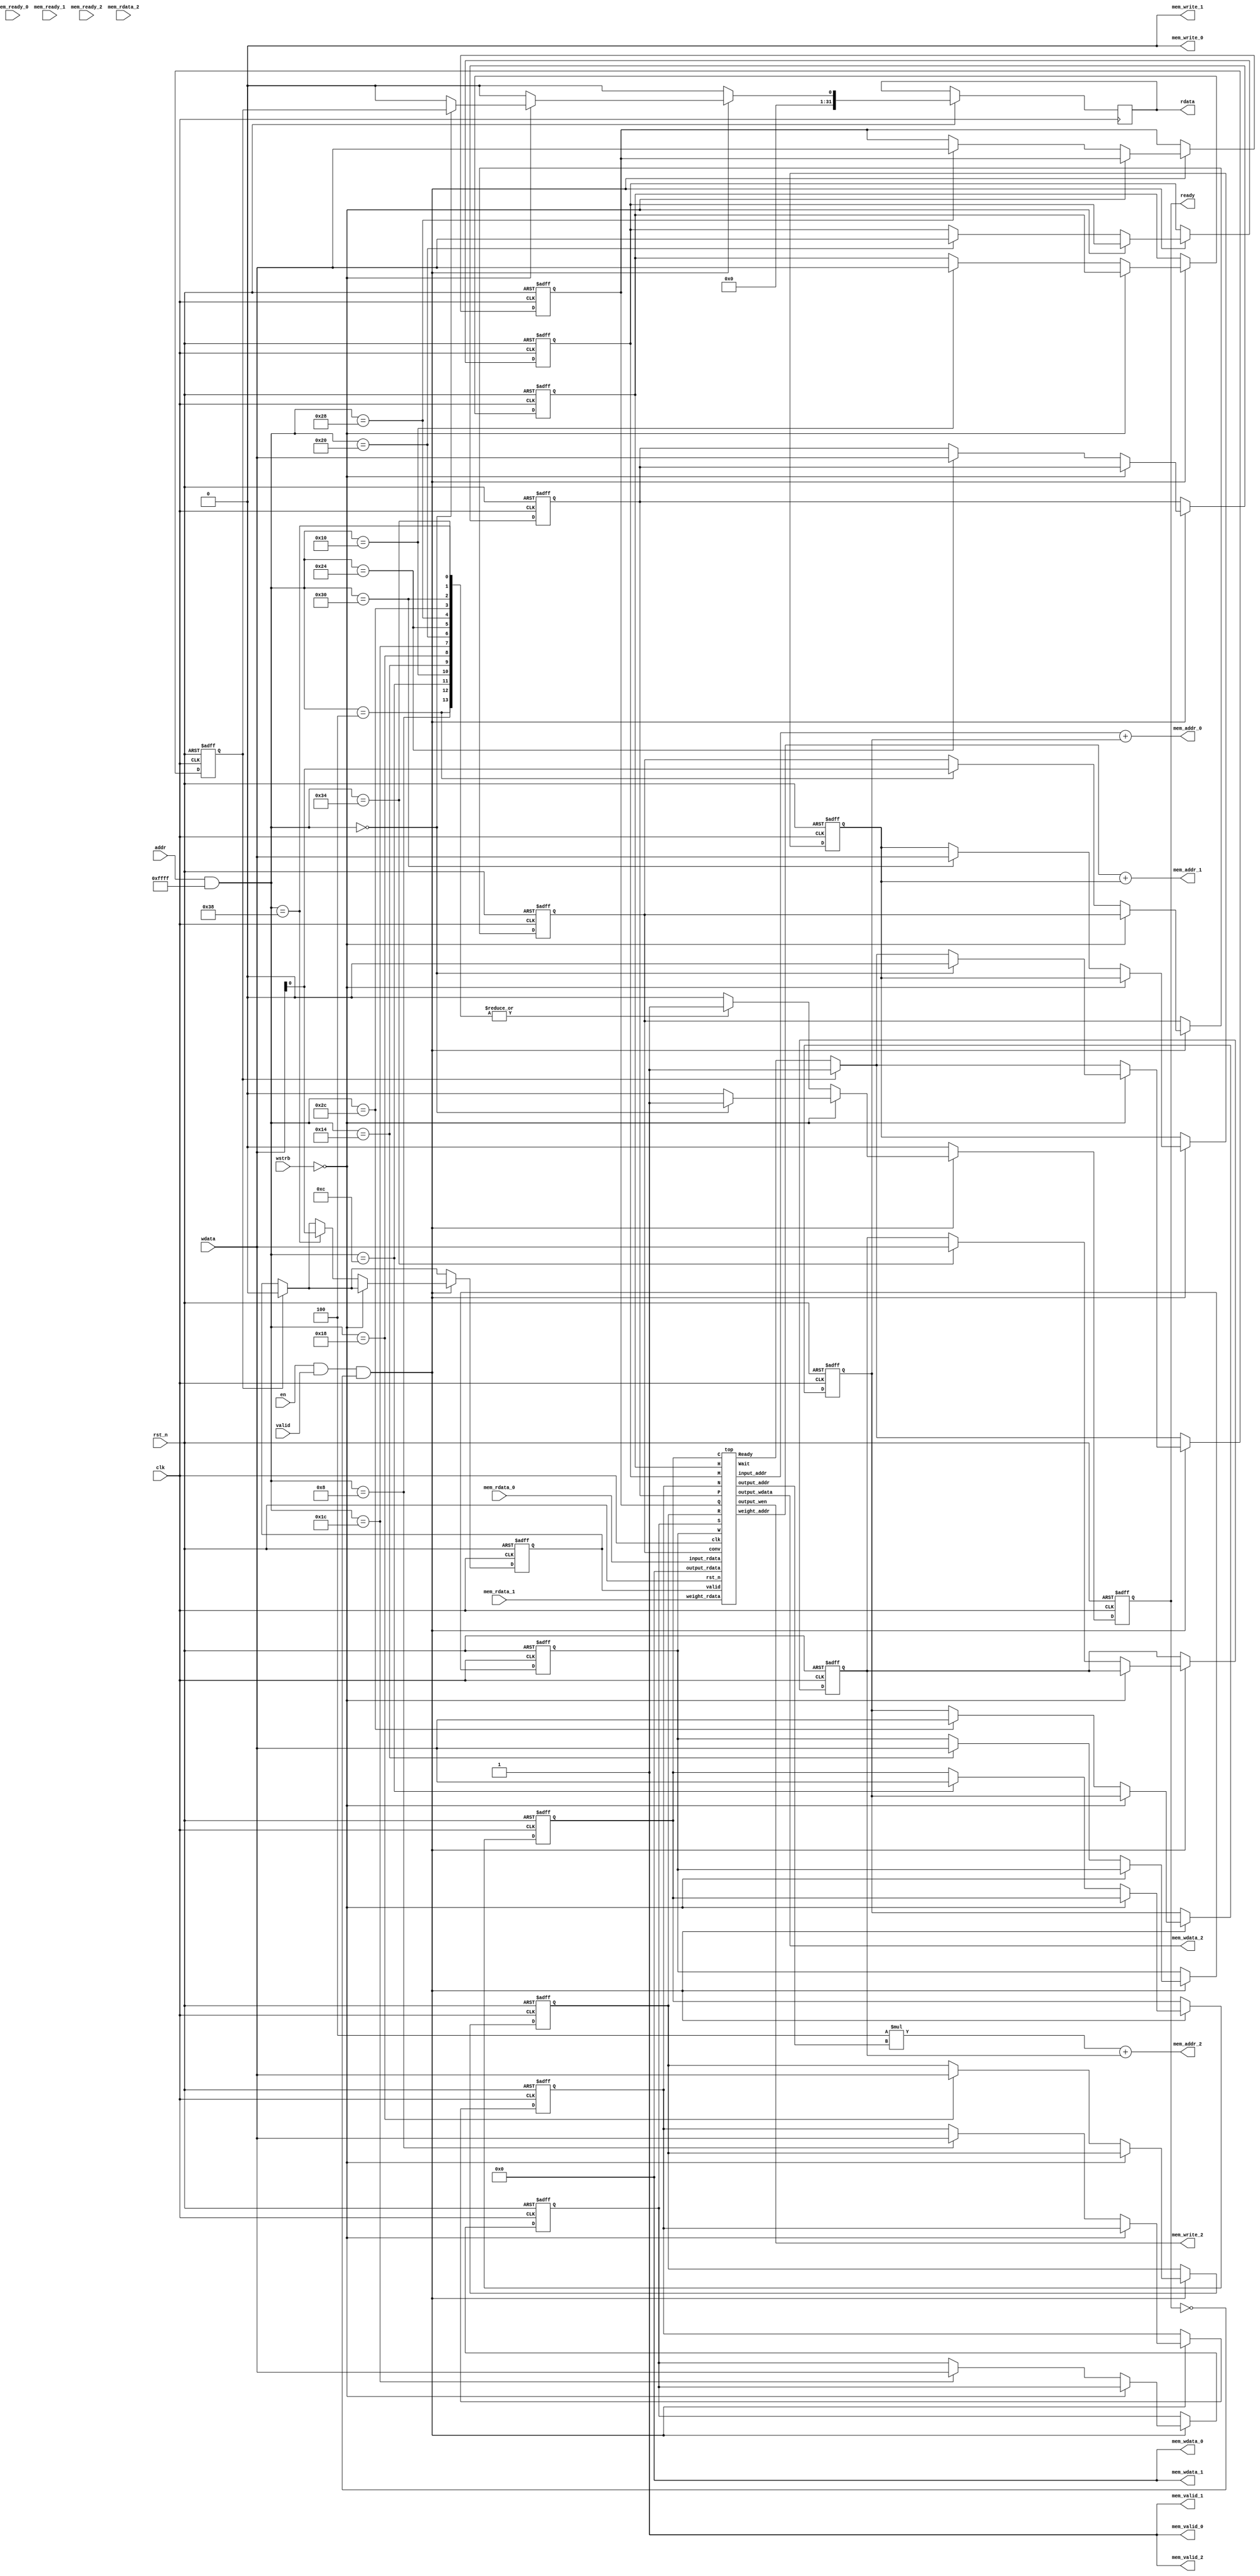
module DNN_MMAP (
    input clk,
    input en,
    input rst_n,
    input [31:0] addr,
    input valid,
    input [3:0] wstrb,
    output reg ready,
    input [31:0] wdata,
    output reg [31:0] rdata,
    
    // Memory interface
    input mem_ready_0,            //
    output mem_valid_0,           //
    output [31:0] mem_addr_0,     // input_addr
    input [31:0] mem_rdata_0,     // input_rdata
    output mem_write_0,           // 
    output [31:0] mem_wdata_0,    // 

    input mem_ready_1,            //
    output mem_valid_1,           //
    output [31:0] mem_addr_1,     // weight_addr
    input [31:0] mem_rdata_1,     // weight_rdata
    output mem_write_1,           //
    output [31:0] mem_wdata_1,    //

    input mem_ready_2,            //
    output mem_valid_2,           //
    output [31:0] mem_addr_2,     // output_addr
    input [31:0] mem_rdata_2,     // output_rdata
    output mem_write_2,           // output_wen
    output [31:0] mem_wdata_2     // output_wdata
);

// DNN_MMAP's address mapping
// TODO 0
// Assign your own memory mapping here
// I have defined some addresses which you may use for your accelerator.
// You can add additional addresses if necessary.

// Keep your memory address alligned to 4 bytes, so you won't run into any trouble.
// Each memory address represents 1 byte, so each MMAP mapping jumps at least 4 bytes = 32bits
// e.g. 0x0, 0x4, 0x8, 0xc
parameter DNN_MMAP_BASE = 32'h4000_0000;
parameter DNN_MMAP_RANG = 32'h0000_ffff;
parameter DNN_MMAP_READ_FINISH = 32'h0000_0000;
parameter DNN_MMAP_WRITE_CONV = 32'h0000_0004; // jump 4bytes = 32bits
parameter DNN_MMAP_WRITE_N  =   32'h0000_0008;
parameter DNN_MMAP_WRITE_C  =   32'h0000_000c;
parameter DNN_MMAP_WRITE_H  =   32'h0000_0010;
parameter DNN_MMAP_WRITE_W  =   32'h0000_0014;
parameter DNN_MMAP_WRITE_R  =   32'h0000_0018;
parameter DNN_MMAP_WRITE_S  =   32'h0000_001c;
parameter DNN_MMAP_WRITE_M  =   32'h0000_0020;
parameter DNN_MMAP_WRITE_P  =   32'h0000_0024;
parameter DNN_MMAP_WRITE_Q  =   32'h0000_0028;
parameter DNN_MMAP_INPUT_OFFSET	 = 32'h0000_002c;
parameter DNN_MMAP_WEIGHT_OFFSET = 32'h0000_0030;
parameter DNN_MMAP_OUTPUT_OFFSET = 32'h0000_0034;
parameter DNN_MMAP_WRITE_START   = 32'h0000_0038;

// Accelerator register
reg start, conv, finish;
reg [31:0] N, C, H, W, R, S, M, P, Q;
reg [31:0] input_offset, weight_offset, output_offset;
wire Ready;

// Internal masked address
wire [31:0] dnn_addr;
assign dnn_addr = (addr) & DNN_MMAP_RANG;

// Accelerator memory port
wire [15:0] input_addr, weight_addr, output_addr;
wire [31:0] output_rdata, output_wdata;
wire [31:0] input_rdata, weight_rdata;
wire output_wen;

// Memory port 1
// TODO 1
// This is for input data in memory.
// The following assignments are for demonstration.
// You need to assign the correct values.
assign mem_valid_0 = 1;
assign mem_addr_0 = input_addr + input_offset;
assign mem_write_0 = 0;
assign mem_wdata_0 = 0;
assign input_rdata = mem_rdata_0;

// Memory port 2
// TODO 2
// This is for weight data in memory.
// The following assignments are for demonstration.
// You need to assign the correct values.
assign mem_valid_1 = 1;
assign mem_addr_1 = weight_addr + weight_offset;
assign mem_write_1 = 0;
assign mem_wdata_1 = 0;
assign weight_rdata = mem_rdata_1;

// Memory port 3
// TODO 3
// This is for output data in memory.
// The following assignments are for demonstration.
// You need to assign the correct values.
// Hint: Since the read/write data is 32bits,
// this memory address will be different to mem_addr_0 and mem_addr_1.
assign mem_valid_2 = 1;
assign mem_addr_2 = 4 * output_addr + output_offset;
assign mem_write_2 = output_wen;
assign mem_wdata_2 = output_wdata;
assign output_rdata = 0;

/**
 *	This block handles the MMAP request.
 *
 *	Signal description:
 *	[31:0] addr:	MMAP request address
 *	[31:0] wdata:	Data write from master
 *	[31:0] rdata:	Data read from module
 *	[3:0] wstrb:	each bit enables 8-bit write to the 32-bit data
 *	valid:		MMAP request from master
 *	ready:		MMAP request is handled
 */
always @(posedge clk or negedge rst_n)
begin
    if (!rst_n) begin
        start <= 0;
        ready <= 0;
        finish <= 0;
        conv <= 0;
        N <= 0;
        C <= 0;
        H <= 0; 
        W <= 0;
        R <= 0;
        S <= 0;
        M <= 0;
        P <= 0;
        Q <= 0;
        input_offset <= 0;
        weight_offset <= 0;
        output_offset <= 0;
    end else begin
        ready <= 0;
        rdata <= 0;
        finish <= (finish == 0) ? Ready : 1;
        start <= (finish == 1) ? 0 : start;
        if (en && valid && !ready) begin
            if (!wstrb) begin   //read
                case (dnn_addr)
		            // TODO 4
                    // Implement your MMAP read routine here
                    DNN_MMAP_READ_FINISH: begin
                        rdata <= finish;
                        ready <= 1;
                        finish <= (finish == 1) ? 0 : finish;
                    end
                    default: $display("DNN_MMAP: read invalid reg: %h(%h)", dnn_addr, addr);
                endcase
            end else begin      //write
                case (dnn_addr)
		            // TODO 5
                    // Implement your MMAP write routine here
                    DNN_MMAP_WRITE_CONV: begin
                        conv <= wdata[0];
                        ready <= 1;
                    end
                    DNN_MMAP_WRITE_N: begin
                        N <= wdata;
                        ready <= 1;
                    end
                    DNN_MMAP_WRITE_C: begin
                        C <= wdata;
                        ready <= 1;
                    end
                    DNN_MMAP_WRITE_H: begin
                        H <= wdata;
                        ready <= 1;
                    end
                    DNN_MMAP_WRITE_W: begin
                        W <= wdata;
                        ready <= 1;
                    end
                    DNN_MMAP_WRITE_R: begin
                        R <= wdata;
                        ready <= 1;
                    end
                    DNN_MMAP_WRITE_S: begin
                        S <= wdata;
                        ready <= 1;
                    end
                    DNN_MMAP_WRITE_M: begin
                        M <= wdata;
                        ready <= 1;
                    end
                    DNN_MMAP_WRITE_P: begin
                        P <= wdata;
                        ready <= 1;
                    end
                    DNN_MMAP_WRITE_Q: begin
                        Q <= wdata;
                        ready <= 1;
                    end
                    DNN_MMAP_WRITE_START: begin
                        start <= wdata[0];
                        ready <= 1;
                    end
                    DNN_MMAP_INPUT_OFFSET: begin
                        input_offset <= wdata;
                        ready <= 1;
                    end
                    DNN_MMAP_WEIGHT_OFFSET: begin
                        weight_offset <= wdata;
                        ready <= 1;
                    end
                    DNN_MMAP_OUTPUT_OFFSET: begin
                        output_offset <= wdata;
                        ready <= 1;
                    end

                    default: $display("DNN_MMAP: write invalid reg: %h(%h)", dnn_addr, addr);
                endcase
            end
        end
    end
end

// your homework 3 design
top top01(
    .clk(clk),
    .rst_n(rst_n),
    .valid(start),
    .conv(conv),
    .Wait(), // we only use in pcpi
    .Ready(Ready),
    .input_addr(input_addr),
    .input_rdata(input_rdata),
    .weight_addr(weight_addr),
    .weight_rdata(weight_rdata),
    .output_wen(output_wen),
    .output_addr(output_addr),
    .output_rdata(output_rdata),
    .output_wdata(output_wdata),
    .N(N),
    .C(C),
    .H(H),
    .W(W),
    .R(R),
    .S(S),
    .M(M),
    .P(P),
    .Q(Q)
);

endmodule

module systolic_array(
    input clk,
    input rst_n,
    input clear,
    input [31:0] output_sel,
    input signed [7:0] weight_col_1_i,
    input signed [7:0] weight_col_2_i,
    input signed [7:0] weight_col_3_i,
    input signed [7:0] weight_col_4_i,
    input signed [7:0] input_row_1_i,
    input signed [7:0] input_row_2_i,
    input signed [7:0] input_row_3_i, 
    input signed [7:0] input_row_4_i,
    output reg signed [31:0] output_o
);

integer ii = 0;

// the registers used to delay weight dataflow
// 0~7 first reg, 8~15 second reg, 16~23 third reg
reg signed [23:0] weight_reg_col_1, next_weight_reg_col_1;
reg signed [23:0] weight_reg_col_2, next_weight_reg_col_2;
reg signed [23:0] weight_reg_col_3, next_weight_reg_col_3;
reg signed [23:0] weight_reg_col_4, next_weight_reg_col_4;


// the registers used to delay input dataflow
reg signed [23:0] input_reg_row_1, next_input_reg_row_1;
reg signed [23:0] input_reg_row_2, next_input_reg_row_2;
reg signed [23:0] input_reg_row_3, next_input_reg_row_3;
reg signed [23:0] input_reg_row_4, next_input_reg_row_4;

// the registers used to store the output activation

reg signed [127:0] output_reg_row_1, next_output_reg_row_1;
reg signed [127:0] output_reg_row_2, next_output_reg_row_2;
reg signed [127:0] output_reg_row_3, next_output_reg_row_3;
reg signed [127:0] output_reg_row_4, next_output_reg_row_4;


always@(posedge clk) begin
    if (!rst_n) begin
        weight_reg_col_1 = 24'd0;
        weight_reg_col_2 = 24'd0;
        weight_reg_col_3 = 24'd0;
        weight_reg_col_4 = 24'd0;
        input_reg_row_1 = 24'd0;
        input_reg_row_2 = 24'd0;
        input_reg_row_3 = 24'd0;
        input_reg_row_4 = 24'd0;
        output_reg_row_1 = 128'd0;
        output_reg_row_2 = 128'd0;
        output_reg_row_3 = 128'd0;
        output_reg_row_4 = 128'd0;
    end
    else begin
        weight_reg_col_1 = next_weight_reg_col_1;
        weight_reg_col_2 = next_weight_reg_col_2;
        weight_reg_col_3 = next_weight_reg_col_3;
        weight_reg_col_4 = next_weight_reg_col_4;
        input_reg_row_1 = next_input_reg_row_1;
        input_reg_row_2 = next_input_reg_row_2;
        input_reg_row_3 = next_input_reg_row_3;
        input_reg_row_4 = next_input_reg_row_4;
        output_reg_row_1 = next_output_reg_row_1;
        output_reg_row_2 = next_output_reg_row_2;
        output_reg_row_3 = next_output_reg_row_3;
        output_reg_row_4 = next_output_reg_row_4;
    end
end

always@(*) begin
    // shifting the new weight and the exisiting weights in the weight register
    next_weight_reg_col_1 = {weight_reg_col_1[15:0], weight_col_1_i};
    next_weight_reg_col_2 = {weight_reg_col_2[15:0], weight_col_2_i};
    next_weight_reg_col_3 = {weight_reg_col_3[15:0], weight_col_3_i};
    next_weight_reg_col_4 = {weight_reg_col_4[15:0], weight_col_4_i};

    // shifting the new input activations and the exisiting input activations in the weight register

    next_input_reg_row_1 = {input_reg_row_1[15:0], input_row_1_i};
    next_input_reg_row_2 = {input_reg_row_2[15:0], input_row_2_i};
    next_input_reg_row_3 = {input_reg_row_3[15:0], input_row_3_i};
    next_input_reg_row_4 = {input_reg_row_4[15:0], input_row_4_i};
    
    // calculating the output activation 
    // clear the output activation regs if `clear' is asserted
    if (clear == 1'b1) begin
        next_output_reg_row_1 = 128'd0;
        next_output_reg_row_2 = 128'd0;
        next_output_reg_row_3 = 128'd0;
        next_output_reg_row_4 = 128'd0;
    end else begin
        next_output_reg_row_1[31:0] = $signed(output_reg_row_1[31:0]) + input_row_1_i * weight_col_1_i;
        next_output_reg_row_1[63:32] = $signed(output_reg_row_1[63:32]) + $signed(input_reg_row_1[7:0]) * weight_col_2_i;
        next_output_reg_row_1[95:64] = $signed(output_reg_row_1[95:64]) + $signed(input_reg_row_1[15:8]) * weight_col_3_i;
        next_output_reg_row_1[127:96] = $signed(output_reg_row_1[127:96]) + $signed(input_reg_row_1[23:16]) * weight_col_4_i;
        next_output_reg_row_2[31:0] = $signed(output_reg_row_2[31:0]) + input_row_2_i * $signed(weight_reg_col_1[7:0]);
        next_output_reg_row_2[63:32] = $signed(output_reg_row_2[63:32]) + $signed(input_reg_row_2[7:0]) * $signed(weight_reg_col_2[7:0]);
        next_output_reg_row_2[95:64] = $signed(output_reg_row_2[95:64]) + $signed(input_reg_row_2[15:8]) * $signed(weight_reg_col_3[7:0]);
        next_output_reg_row_2[127:96] = $signed(output_reg_row_2[127:96]) + $signed(input_reg_row_2[23:16]) * $signed(weight_reg_col_4[7:0]);
        next_output_reg_row_3[31:0] = $signed(output_reg_row_3[31:0]) + input_row_3_i * $signed(weight_reg_col_1[15:8]);
        next_output_reg_row_3[63:32] = $signed(output_reg_row_3[63:32]) + $signed(input_reg_row_3[7:0]) * $signed(weight_reg_col_2[15:8]);
        next_output_reg_row_3[95:64] = $signed(output_reg_row_3[95:64]) + $signed(input_reg_row_3[15:8]) * $signed(weight_reg_col_3[15:8]);
        next_output_reg_row_3[127:96] = $signed(output_reg_row_3[127:96]) + $signed(input_reg_row_3[23:16]) * $signed(weight_reg_col_4[15:8]);
        next_output_reg_row_4[31:0] = $signed(output_reg_row_4[31:0]) + input_row_4_i * $signed(weight_reg_col_1[23:16]);
        next_output_reg_row_4[63:32] = $signed(output_reg_row_4[63:32]) + $signed(input_reg_row_4[7:0]) * $signed(weight_reg_col_2[23:16]);
        next_output_reg_row_4[95:64] = $signed(output_reg_row_4[95:64]) + $signed(input_reg_row_4[15:8]) * $signed(weight_reg_col_3[23:16]);
        next_output_reg_row_4[127:96] = $signed(output_reg_row_4[127:96]) + $signed(input_reg_row_4[23:16]) * $signed(weight_reg_col_4[23:16]);
    end
end

always@(*) begin
    case(output_sel)
        32'd0: output_o = output_reg_row_1[31:0];
        32'd1: output_o = output_reg_row_1[63:32];
        32'd2: output_o = output_reg_row_1[95:64];
        32'd3: output_o = output_reg_row_1[127:96];
        32'd4: output_o = output_reg_row_2[31:0];
        32'd5: output_o = output_reg_row_2[63:32];
        32'd6: output_o = output_reg_row_2[95:64];
        32'd7: output_o = output_reg_row_2[127:96];
        32'd8: output_o = output_reg_row_3[31:0];
        32'd9: output_o = output_reg_row_3[63:32];
        32'd10: output_o = output_reg_row_3[95:64];
        32'd11: output_o = output_reg_row_3[127:96];
        32'd12: output_o = output_reg_row_4[31:0];
        32'd13: output_o = output_reg_row_4[63:32];
        32'd14: output_o = output_reg_row_4[95:64];
        32'd15: output_o = output_reg_row_4[127:96];
        default: output_o = 32'd0;
    endcase

end
endmodule

module data_setup_buffer(
    input clk,
    input rst_n,
    input load_en_i,
    input [1:0] load_index_i,
    input [31:0] sram_data_i,
    input [1:0] mask_buffer_data,
    output reg [31:0] orchestrated_data_o
);

// 0~23 1st row/column, 24 ~ 47 2nd row/column, 48 ~ 71 3rd row/column, 72 ~ 95 4th row/column

reg [95:0] orchestrated_data_reg;
reg [95:0] next_orchestrated_data_reg;

always@(posedge clk) begin
    if (!rst_n) begin
        orchestrated_data_reg = 96'd0;
    end else begin
        orchestrated_data_reg = next_orchestrated_data_reg;
    end
end

always@(*) begin
    next_orchestrated_data_reg[23:0] = {8'd0, orchestrated_data_reg[8 +: 16]};
    next_orchestrated_data_reg[47:24] = {8'd0, orchestrated_data_reg[32 +: 16]};
    next_orchestrated_data_reg[71:48] = {8'd0, orchestrated_data_reg[56 +: 16]};
    next_orchestrated_data_reg[95:72] = {8'd0, orchestrated_data_reg[80 +: 16]};
    orchestrated_data_o[7:0] = orchestrated_data_reg[0 +: 8];
    orchestrated_data_o[15:8] = orchestrated_data_reg[24 +: 8];
    orchestrated_data_o[23:16] = orchestrated_data_reg[48 +: 8];
    orchestrated_data_o[31:24] = orchestrated_data_reg[72 +: 8];
    if (load_en_i) begin
        if (load_index_i == 2'b00) begin
            case(mask_buffer_data)
                2'd0: next_orchestrated_data_reg [23:0] = sram_data_i[8 +: 24];
                2'd1: next_orchestrated_data_reg [23:0] = {8'd0, sram_data_i[8 +: 16]};
                2'd2: next_orchestrated_data_reg [23:0] = {16'd0, sram_data_i[8 +: 8]};
                2'd3: next_orchestrated_data_reg [23:0] = 24'd0;
                default: next_orchestrated_data_reg [23:0] = 24'd0;
            endcase
            orchestrated_data_o[7:0] = sram_data_i[0 +: 8];
        end
        else if (load_index_i == 2'b01) begin
            case(mask_buffer_data)
                2'd0: next_orchestrated_data_reg [47:24] = sram_data_i[8 +: 24];
                2'd1: next_orchestrated_data_reg [47:24] = {8'd0, sram_data_i[8 +: 16]};
                2'd2: next_orchestrated_data_reg [47:24] = {16'd0, sram_data_i[8 +: 8]};
                2'd3: next_orchestrated_data_reg [47:24] = 24'd0;
                default: next_orchestrated_data_reg [47:24] = 24'd0;
            endcase
            orchestrated_data_o[15:8] = sram_data_i[0 +: 8];
        end
        else if (load_index_i == 2'b10) begin
            case(mask_buffer_data)
                2'd0: next_orchestrated_data_reg [71:48] = sram_data_i[8 +: 24];
                2'd1: next_orchestrated_data_reg [71:48] = {8'd0, sram_data_i[8 +: 16]};
                2'd2: next_orchestrated_data_reg [71:48] = {16'd0, sram_data_i[8 +: 8]};
                2'd3: next_orchestrated_data_reg [71:48] = 24'd0;
                default: next_orchestrated_data_reg [71:48] = 24'd0;
            endcase
            orchestrated_data_o[23:16] = sram_data_i[0 +: 8];
        end
        else if (load_index_i == 2'b11) begin
            case(mask_buffer_data)
                2'd0: next_orchestrated_data_reg [95:72] = sram_data_i[8 +: 24];
                2'd1: next_orchestrated_data_reg [95:72] = {8'd0, sram_data_i[8 +: 16]};
                2'd2: next_orchestrated_data_reg [95:72] = {16'd0, sram_data_i[8 +: 8]};
                2'd3: next_orchestrated_data_reg [95:72] = 24'd0;
                default: next_orchestrated_data_reg [95:72] = 24'd0;
            endcase
            orchestrated_data_o[31:24] = sram_data_i[0 +: 8];
        end
    end
    //mask the input data if necessary
end

endmodule

module control(
    input clk,
    input rst_n,
    input valid,
    input conv,
    output reg Wait,
    output reg Ready,
    output reg [15:0] input_addr,
    output reg [15:0] weight_addr,
    output reg output_wen,
    output reg [15:0] output_addr,
    output reg load_en,
    output reg [1:0] load_index,
    output reg clear_sys_array,
    output reg [31:0] output_sel,
    output reg [1:0] mask_buffer_data,
    input [31:0] output_rdata,
    input [31:0] N,
    input [31:0] C,
    input [31:0] H,
    input [31:0] W,
    input [31:0] R,
    input [31:0] S,
    input [31:0] M,
    input [31:0] P,
    input [31:0] Q
);


parameter [1:0] IDLE     = 2'b00;
parameter [1:0] CAL_FC   = 2'b01;
parameter [1:0] CAL_CONV = 2'b10;
parameter [1:0] WRITE    = 2'b11;

reg [1:0] state, next_state;
reg [15:0] next_input_addr, next_weight_addr, next_output_addr;
reg next_output_wen;
reg [31:0] count, next_count;
reg [1:0] next_load_index;
reg next_load_en;
reg next_Wait;
reg next_Ready;
reg next_clear_sys_array;
reg [1:0] next_mask_buffer_data;
reg [31:0] conv_count, next_conv_count;
reg [31:0] write_count, next_write_count;
reg [31:0] total_write_count, next_total_write_count;

wire [31:0] inner_product_element_num;
wire [31:0] cal_cyc_count;
wire [31:0] ofmap_num_element;
wire [31:0] kernel_element_num;
wire [31:0] next_input_channal_addr;
wire [31:0] cal_kernel_cyc_count; 


assign inner_product_element_num = (conv)? C * W: H;
assign cal_cyc_count = (conv)? cal_kernel_cyc_count * C: ((inner_product_element_num >> 2) << 2) + |inner_product_element_num[1:0] * 4;
assign ofmap_num_element = (conv)? N * (((M >> 2) << 2) + |M[1:0] * 4) * P * Q: N * M * P * Q; 
// assign ofmap_num_element = 16;
assign next_input_channal_addr = H * W;
assign kernel_element_num = W;
assign cal_kernel_cyc_count  = ((kernel_element_num >> 2) << 2) + (|{kernel_element_num[1:0]}) * 4;

always@(posedge clk) begin
    if (!rst_n || !valid) begin
        state = IDLE;
        input_addr = 16'd0;
        weight_addr = 16'd0;
        output_addr = 16'd0;
        output_wen = 16'd0;
        count = 32'd0;
        load_index = 2'd0;
        load_en = 1'd0;
        Wait = 1'd0;
        Ready = 1'd0;
        clear_sys_array = 1'd0;
        mask_buffer_data = 2'd0;
        conv_count = 32'd0;
        write_count = 32'd0;
        total_write_count = 32'd0;
    end else begin
        #1
        state = next_state;
        weight_addr = next_weight_addr;
        input_addr = next_input_addr;
        output_addr = next_output_addr;
        output_wen = next_output_wen;
        count = next_count;
        load_index = next_load_index;
        load_en = next_load_en;
        Wait = next_Wait;
        Ready = next_Ready;
        clear_sys_array = next_clear_sys_array;
        mask_buffer_data = next_mask_buffer_data;
        conv_count = next_conv_count;
        write_count = next_write_count;
        total_write_count = next_total_write_count;
    end
end

always@(*) begin
    case(state) 
        IDLE: begin
            if (conv)
                next_state = (valid)? CAL_CONV: IDLE;
            else 
                next_state = (valid)? CAL_FC: IDLE;
            next_input_addr = input_addr;
            next_weight_addr = weight_addr;
            next_output_addr = output_addr;
            next_output_wen = output_wen;
            next_count = count;
            next_load_index = load_index;
            next_load_en = load_en;
            next_Wait = (valid)? 1'd1: Wait;
            next_Ready = Ready;
            next_clear_sys_array = 1'd0;
            next_mask_buffer_data = mask_buffer_data;
            next_conv_count = 32'd0;
            next_write_count = 32'd0;
            next_total_write_count = 32'd0;
        end
        CAL_FC: begin
            next_state = (count == cal_cyc_count)? WRITE: CAL_FC;
            if (count >= cal_cyc_count - 1) begin
                next_input_addr = input_addr;
                next_weight_addr = weight_addr;
            end
            else begin
                next_input_addr = (load_index == 2'd2)? input_addr - 3 * inner_product_element_num + 4: input_addr + inner_product_element_num;
                next_weight_addr = (load_index == 2'd2)? weight_addr - 3 * inner_product_element_num + 4: weight_addr + inner_product_element_num;
            end
            next_output_addr = output_addr;
            next_output_wen = (count == cal_cyc_count)? 1'd1: output_wen;
            if (count == 0) begin
                next_load_en = 1'b1;
                next_load_index = 2'd0;
            end
            else if (count == cal_cyc_count) begin
                next_load_en = 1'b0; 
                next_load_index = 2'd0;
            end
            else begin
                next_load_en = load_en;
                next_load_index = load_index + 2'd1;
            end
            next_count = (count == cal_cyc_count)? 32'd0: count + 1;
            next_Wait = Wait;
            next_Ready = Ready;
            next_clear_sys_array = 1'd0;
            next_mask_buffer_data = (count >= cal_cyc_count - 4)?  cal_cyc_count - inner_product_element_num: 2'd0;
            next_conv_count = 32'd0;
            next_write_count = 32'd0;
            next_total_write_count = total_write_count;
        end
        CAL_CONV: begin
            next_state = (count == cal_cyc_count)? WRITE: CAL_CONV;
            if (count >= cal_cyc_count - 1) begin
                next_input_addr = input_addr;
                next_weight_addr = weight_addr;
            end
            else begin
                if (load_index == 2'd2) begin
                    next_input_addr = (conv_count == cal_kernel_cyc_count - 32'd1)? input_addr + 1 - 4 * kernel_element_num + next_input_channal_addr : input_addr - 3 * kernel_element_num + 4;
                    next_weight_addr = (conv_count == cal_kernel_cyc_count - 32'd1)? weight_addr - 3 * inner_product_element_num + 1: weight_addr - 3 * inner_product_element_num + 4;
                end
                else begin
                    next_input_addr = input_addr + kernel_element_num;
                    next_weight_addr = weight_addr + inner_product_element_num;
                end
            end
            next_output_addr = output_addr;
            next_output_wen = (count == cal_cyc_count)? 1'd1: output_wen;
            if (count == 0) begin
                next_load_en = 1'b1;
                next_load_index = 2'd0;
            end else if (count == cal_cyc_count) begin
                next_load_en = 1'b0;
                next_load_index = 2'd0;
            end else begin
                next_load_en = load_en;
                next_load_index = load_index + 2'd1;
            end
            next_count = (count == cal_cyc_count)? 32'd0: count + 32'd1;
            next_Wait = Wait;
            next_Ready = Ready;
            next_clear_sys_array = 1'd0;
            next_mask_buffer_data = (conv_count >= cal_kernel_cyc_count - 32'd4)? cal_kernel_cyc_count - kernel_element_num: 2'd0;
            next_conv_count = (conv_count == cal_kernel_cyc_count - 32'd1)? 32'd0: conv_count + 32'd1;
            next_write_count = write_count;
            next_total_write_count = total_write_count;
        end
        WRITE: begin
            if (total_write_count == ofmap_num_element - 1) begin
                next_state = WRITE;
                next_Ready = 1'd0;
                next_Wait = 1'd1;
                next_count = 32'd0;
                next_output_addr = output_addr + 16'd1;
                next_input_addr = 16'd0;
                next_weight_addr = 16'd0;
                next_output_wen = 1'd1;
                next_load_index = 2'd0;
                next_load_en = 1'd0;
                next_conv_count = 32'd0;
                next_clear_sys_array = 1'd1;
                next_mask_buffer_data = 2'd0;
                next_write_count = 32'd0;
                next_total_write_count = total_write_count + 32'd1;
            end
            else if (total_write_count == ofmap_num_element) begin
                next_state = IDLE;
                next_Ready = 1'd1;
                next_Wait = 1'd0;
                next_count = 32'd0;
                next_output_addr = 16'd0;
                next_weight_addr = 16'd0;
                next_input_addr = 16'd0;
                next_input_addr = 16'd0;
                next_output_wen = 1'd0;
                next_load_index = 2'd0;
                next_load_en = 1'd0;
                next_conv_count = 32'd0;
                next_clear_sys_array = 1'd0;
                next_mask_buffer_data = 2'd0;
                next_write_count = 32'd0; 
                next_total_write_count = total_write_count + 32'd1;
            end
            else begin
                if (conv) begin
                    next_state = (count == 32'd15)? CAL_CONV: WRITE;
                    next_count = (count == 32'd15)? 32'd0: count + 32'd1;
                    if (write_count >= 4 * M - 1) begin
                        next_input_addr = (count == 32'd15)? input_addr - (next_input_channal_addr * (C[15:0] - 16'd1)) + 16'd1: input_addr;
                        next_weight_addr = (count == 32'd15)? 16'd0: weight_addr;
                    end else begin
                        next_input_addr = (count == 32'd15)? input_addr - (next_input_channal_addr * (C - 1)) - 4 * W + 16'd1: input_addr;
                        next_weight_addr = (count == 32'd15)? weight_addr + 32'd1: weight_addr;
                    end
                    next_output_wen = (count == 32'd15)? 1'd0: 1'd1;
                    if (count[1:0] == 2'b11) begin
                        if (count == 32'd15) begin
                            next_output_addr = (write_count >= 4 * M - 1)? output_addr - (((((M >> 2) << 2) + |M[1:0] * 4) - 32'd1) * P) + 16'd1: output_addr - 16'd3 + H;
                        end else begin
                            next_output_addr = output_addr - 3 * H + 1; 
                        end
                    end else begin
                        next_output_addr = output_addr + H;
                    end
                    next_clear_sys_array = (count == 32'd15)? 1'd1: 1'd0;
                    next_write_count = (write_count >= 4 * M - 1 && count == 32'd15)? 32'd0: write_count + 32'd1;
                    next_total_write_count = total_write_count + 32'd1;
                end
                else begin
                    next_state = (count == 32'd3)? CAL_FC: WRITE;
                    next_count = (count == 32'd3)? 32'd0: count + 32'd1;
                    next_input_addr = 16'd0;
                    next_weight_addr = (count == 32'd3)? weight_addr + 16'd4: weight_addr;
                    next_output_wen = (count == 32'd3)? 1'd0: 1'd1;
                    next_output_addr = output_addr + 16'd1;
                    next_clear_sys_array = (count == 32'd3)? 1'd1: 1'd0;
                    next_write_count = 32'd0;
                    next_total_write_count = total_write_count + 32'd1;

                end
                next_Ready = 1'd0;
                next_Wait = 1'd1;
                next_load_en = 1'd0;
                next_load_index = 2'd0;
                next_mask_buffer_data = 2'd0;
                next_conv_count = 32'd0;
            end
        end
        
        default: begin
            next_state = IDLE;
            next_Ready = 1'd0;
            next_Wait = 1'd0;
            next_count = 32'd0;
            next_output_addr =  16'd0;
            next_input_addr = 16'd0;
            next_weight_addr = 16'd0;
            next_load_index = 2'd0;
            next_load_en = 1'd0;
            next_output_addr = 1'd0;
            next_output_wen = 1'd0;
            next_clear_sys_array = 1'd0;
            next_mask_buffer_data = 2'd0;
            next_write_count = 32'd0;

        end
    endcase
end

always@(*) begin
    output_sel = count;
end

endmodule

module top (
    input clk,
    input rst_n,
    input valid,
    input conv,
    output Wait,
    output Ready,
    output [15:0] input_addr,
    input [31:0] input_rdata,
    output [15:0] weight_addr,
    input [31:0] weight_rdata,
    output output_wen,
    output [15:0] output_addr,
    input  signed [31:0] output_rdata,
    output signed [31:0] output_wdata,
    input [31:0] N,
    input [31:0] C,
    input [31:0] H,
    input [31:0] W,
    input [31:0] R,
    input [31:0] S,
    input [31:0] M,
    input [31:0] P,
    input [31:0] Q
);

wire load_en;
wire [1:0] load_index;
wire [1:0] mask_buffer_data;

wire clear_sys_array;
wire [31:0] orchestrated_input;
wire [31:0] orchestrated_weight;
wire [31:0] output_sel;

control ctrl(
    .clk(clk),
    .rst_n(rst_n),
    .valid(valid),
    .conv(conv),
    .Wait(Wait),
    .Ready(Ready),
    .input_addr(input_addr),
    .weight_addr(weight_addr),
    .output_wen(output_wen),
    .output_addr(output_addr),
    .load_en(load_en),
    .load_index(load_index),
    .output_rdata(output_rdata),
    .N(N),
    .C(C),
    .H(H),
    .W(W),
    .R(R),
    .S(S),
    .M(M),
    .P(P),
    .Q(Q),
    .clear_sys_array(clear_sys_array),
    .output_sel(output_sel),
    .mask_buffer_data(mask_buffer_data)
);

data_setup_buffer input_buffer(
    .clk(clk),
    .rst_n(rst_n),
    .load_en_i(load_en),
    .load_index_i(load_index),
    .sram_data_i(input_rdata),
    .orchestrated_data_o(orchestrated_input),
    .mask_buffer_data(mask_buffer_data)
);

data_setup_buffer weight_buffer(
    .clk(clk),
    .rst_n(rst_n),
    .load_en_i(load_en),
    .load_index_i(load_index),
    .sram_data_i(weight_rdata),
    .orchestrated_data_o(orchestrated_weight),
    .mask_buffer_data(mask_buffer_data)
);

systolic_array systolic_datapath(
    .clk(clk),
    .rst_n(rst_n),
    .clear(clear_sys_array),
    .output_sel(output_sel),
    .weight_col_1_i(orchestrated_weight[7:0]),
    .weight_col_2_i(orchestrated_weight[15:8]),
    .weight_col_3_i(orchestrated_weight[23:16]),
    .weight_col_4_i(orchestrated_weight[31:24]),
    .input_row_1_i(orchestrated_input[7:0]),
    .input_row_2_i(orchestrated_input[15:8]),
    .input_row_3_i(orchestrated_input[23:16]),
    .input_row_4_i(orchestrated_input[31:24]),
    .output_o(output_wdata)
);




endmodule